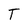
Character: T